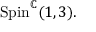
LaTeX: \mathrm { S p i n } ^ { \mathbb { C } } ( 1 , 3 ) .